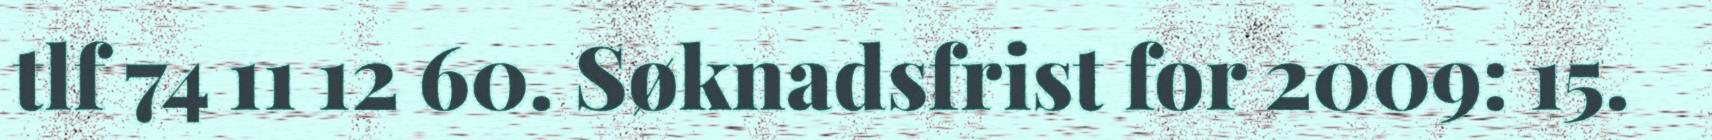
tlf 74 11 12 60. Søknadsfrist for 2009: 15.